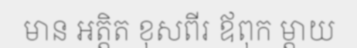
មាន អត្តិត ខុសពីរ ឪពុក ម្តាយ